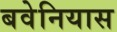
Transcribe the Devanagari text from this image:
बवेनियास